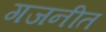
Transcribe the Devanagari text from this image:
गजनीत